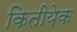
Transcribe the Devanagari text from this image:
कितीयेक